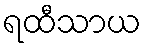
ရထီသာယ